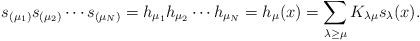
LaTeX: \begin{gather*}s_{(\mu_1)}s_{(\mu_2)}\cdots s_{(\mu_N)}=h_{\mu_1}h_{\mu_2}\cdots h_{\mu_N}=h_\mu(x)=\sum\limits_{\lambda\geq\mu}K_{\lambda\mu} s_\lambda(x).\end{gather*}